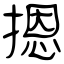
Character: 摁